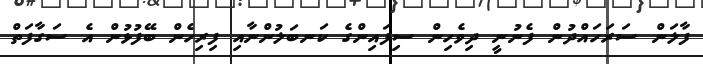
ފާލަން ސަރަހައްދުން ފެނުނީ ދިވެހިން ސިފައިންގެ ކަނބަލުންނާއި ފިރިހެން ބޭފުޅުން އެ ސަގާފަތް